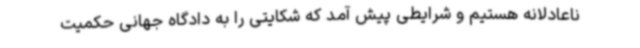
ناعادلانه هستیم و شرایطی پیش آمد که شکایتی را به دادگاه جهانی حکمیت